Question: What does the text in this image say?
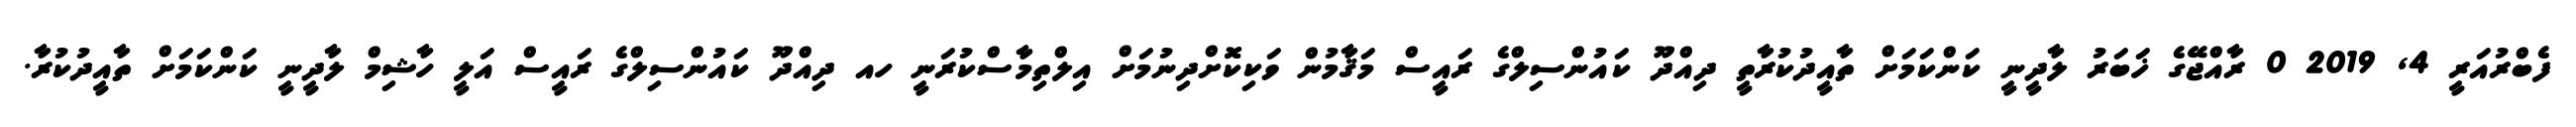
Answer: ފެބްރުއަރީ 4, 2019 0 ރާއްޖޭގެ ޚަބަރު ލާދީނީ ކަންކަމަށް ތާއީދުކުރާތީ ދިއްދޫ ކައުންސިލްގެ ރައީސް މަޤާމުން ވަކިކޮށްދިނުމަށް އިލްތިމާސްކުރަނީ ހއ ދިއްދޫ ކައުންސިލްގެ ރައީސް އަލީ ހާޝިމް ލާދީނީ ކަންކަމަށް ތާއީދުކުރާ.